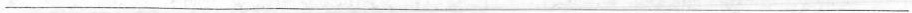
___